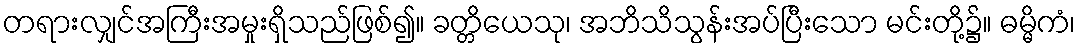
တရားလျှင်အကြီးအမှုးရှိသည်ဖြစ်၍။ ခတ္တိယေသု၊ အဘိသိသွန်းအပ်ပြီးသော မင်းတို့၌။ ဓမ္မိကံ၊